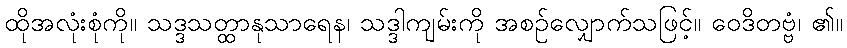
ထိုအလုံးစုံကို။ သဒ္ဒသတ္ထာနုသာရေန၊ သဒ္ဒါကျမ်းကို အစဉ်လျှောက်သဖြင့်။ ဝေဒိတဗ္ဗံ၊ ၏။